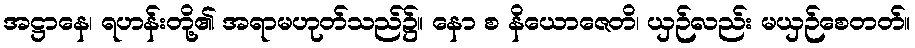
အဋ္ဌာနေ၊ ရဟန်းတို့၏ အရာမဟုတ်သည်၌။ နော စ နိယောဇေတိ၊ ယှဉ်လည်း မယှဉ်စေတတ်။